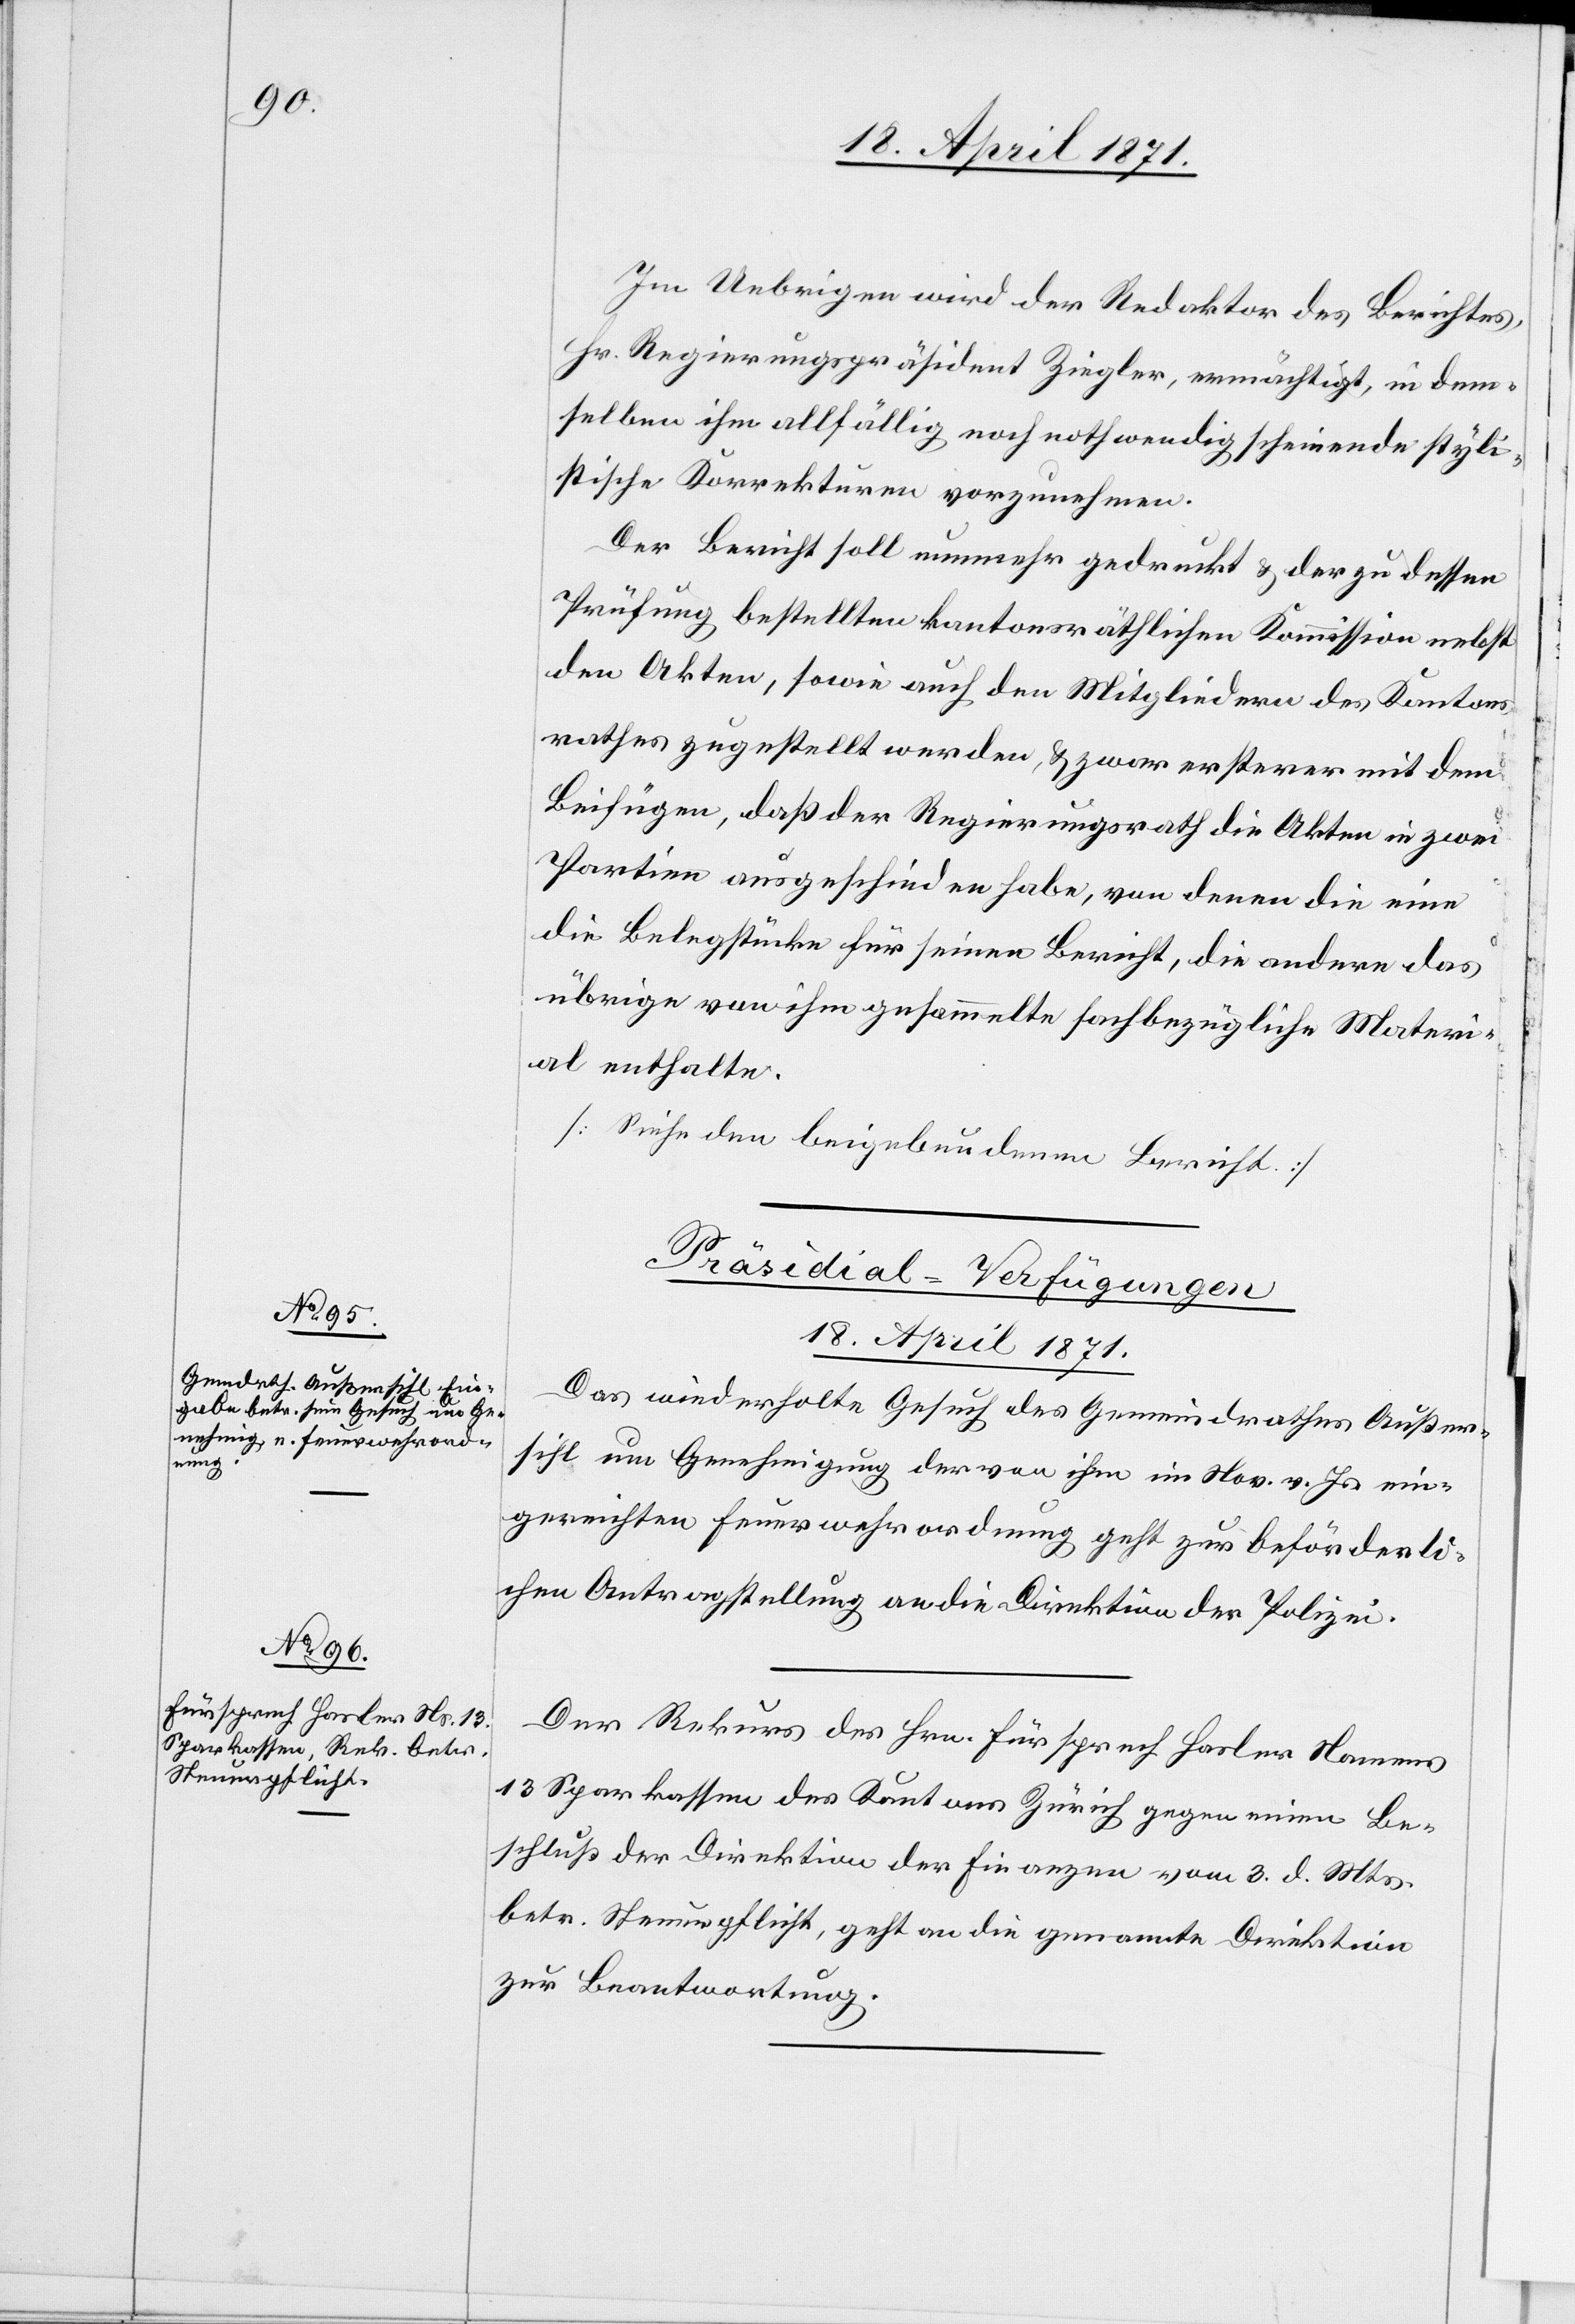
18. April 1871.]
Im Uebrigen wird der Redaktor des Berichtes,
Hr. Regierungspräsident Ziegler, ermächtigt, in dem¬
selben ihm allfällig noch nothwendig erscheinende styli¬
stische Korrekturen vorzunehmen.
Der Bericht soll nunmehr gedruckt u. der zu dessen
Prüfung bestellten kantonsräthlichen Kommission nebst
den Akten, sowie auch den Mitgliedern des Kantons¬
rathes zugestellt werden, u. zwar ersterer mit dem
Beifügen, daß der Regierungsrath die Akten in zwei
Partien ausgeschieden habe, von denen die eine
die Belegstücke für seinen Bericht, die andere das
übrige von ihm gesammelte sachbezügliche Materi¬
al enthalte.
[Siehe den beigebundenen Bericht.]
[Präsidial-Verfügungen
Das wiederholte Gesuch des Gemeindrathes Außer¬
sihl um Genehmigung der von ihm im Nov. v. Js. ein¬
gereichten Feuerwehrordnung geht zur beförderli¬
chen Antragstellung an die Direktion der Polizei.
Der Rekurs des Hrn. Fürsprech Hasler Namens
13 Sparkassen des Kantons Zürich gegen einen Be¬
schluß der Direktion der Finanzen vom 3. d. Mts.
betr. Steuerpflicht, geht an die genannte Direktion
zur Beantwortung.